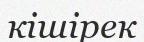
кішірек